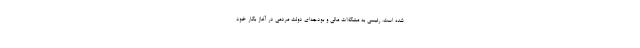
شده است. رئیسی به مشکلات مالی و بودجه‌ای دولت مردمی در آغاز بکار خود